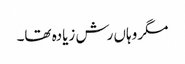
مگر وہاں رش زیادہ تھا۔